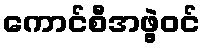
ကောင်စီအဖွဲ့ဝင်